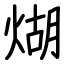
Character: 煳